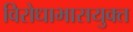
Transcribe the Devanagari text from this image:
विरोधाभासयुक्त